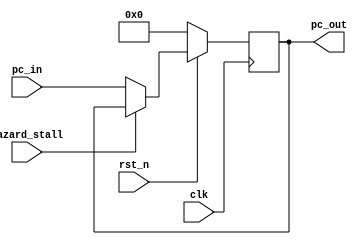
module PC(
    clk,
    rst_n,
    pc_in,
    pc_out,
    hazard_stall
    );

    input clk;
    input rst_n;
    input [31:0] pc_in;
    input hazard_stall;

    output reg [31:0] pc_out;
    reg [31:0] pc_out_n;

    always@(*) begin
        if(hazard_stall) pc_out_n = pc_out;
        else pc_out_n = pc_in;
    end

    always@(posedge clk)begin
        if(~rst_n) pc_out <= 0;
        else begin
            pc_out <= pc_out_n;
        end
    end
endmodule